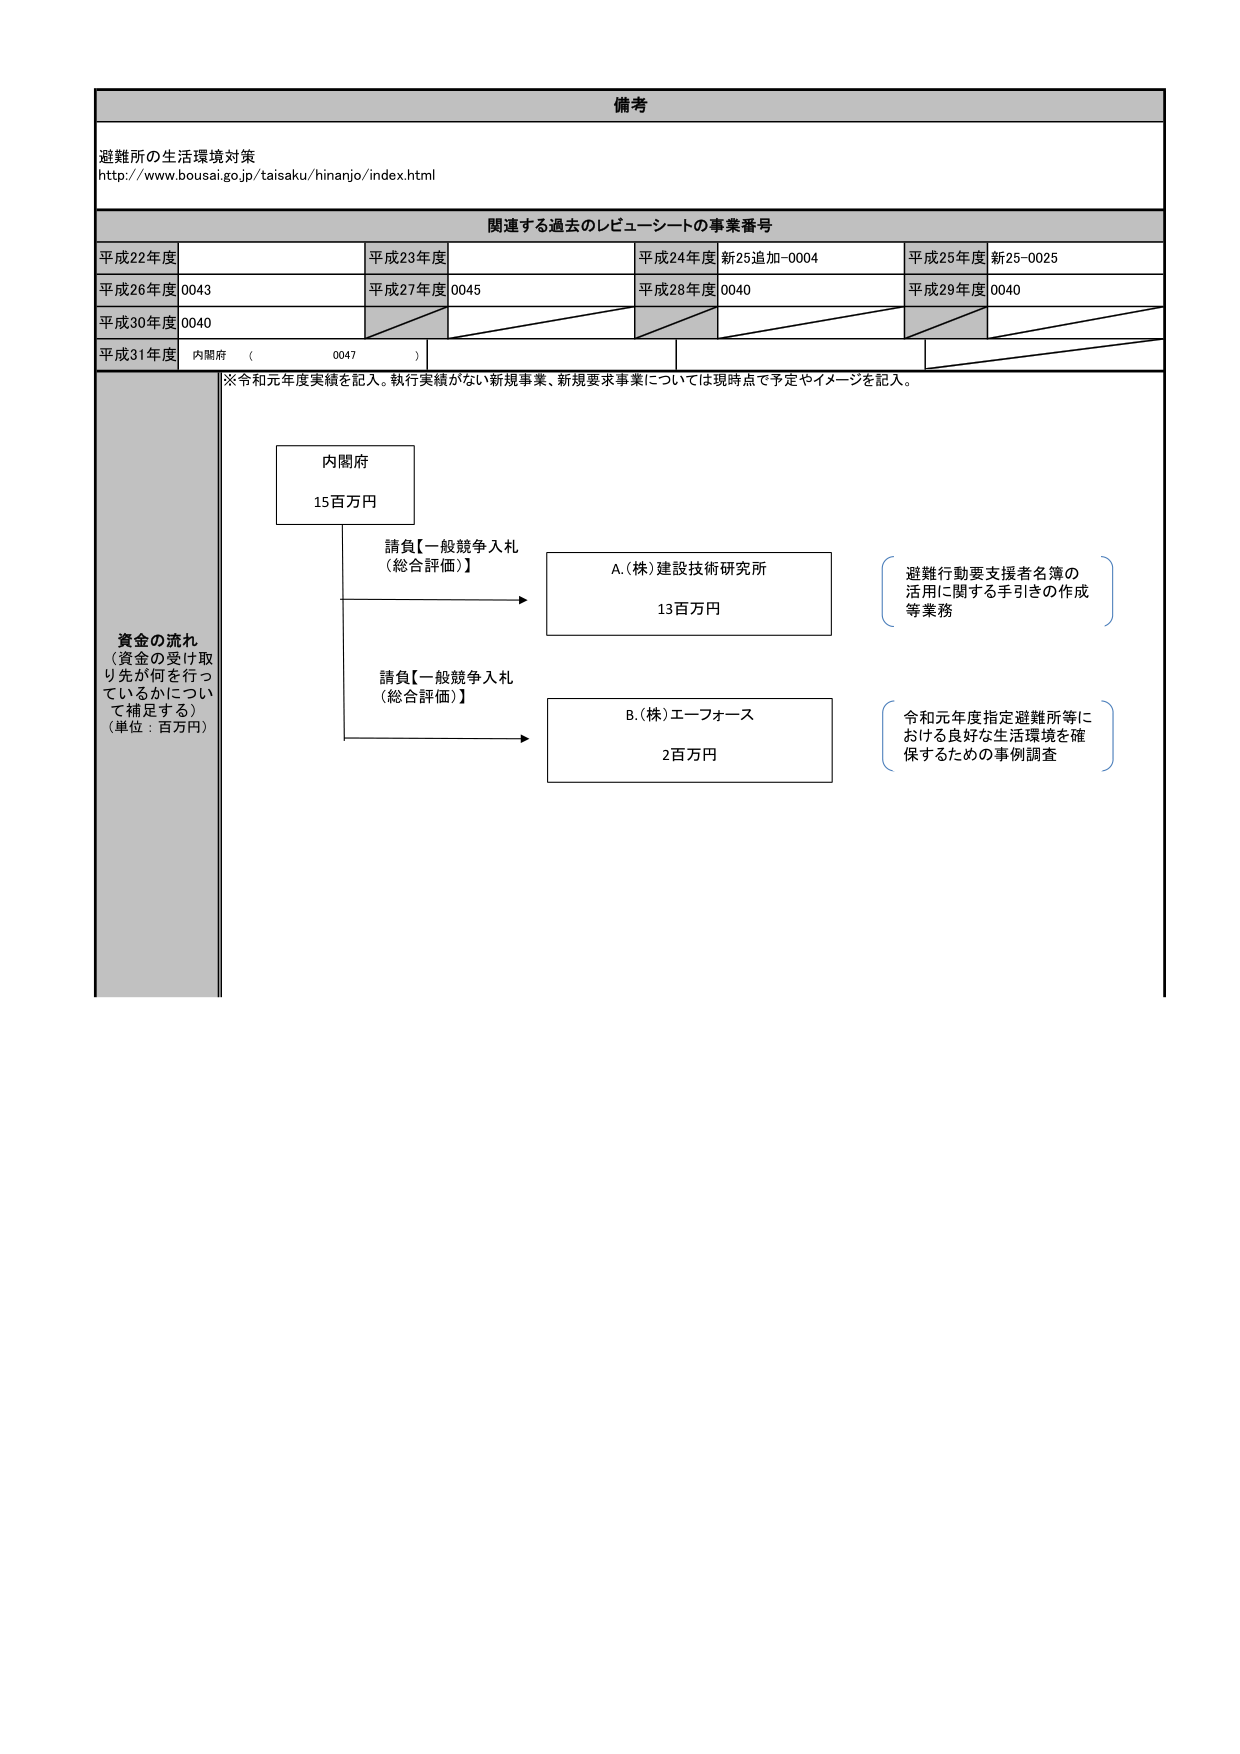
備考

避難所の生活環境対策
http://www.bousai.go.jp/taisaku/hinanjo/index.html

関連する過去のレビュー・シートの事業番号

平成22年度
平成23年度
平成24年度 新25追加-0004
平成25年度 新25-0025

平成26年度 0043
平成27年度 0045
平成28年度 0040
平成29年度 0040

平成30年度 0040

平成31年度 内閣府 （ 0047 ）

※令和元年度実績を記入。執行実績がない新規事業、新規要求事業については現時点で予定やイメージを記入。

資金の流れ
（資金の受け取り先が何を行っているかについて補足する）
（単位：百万円）

内閣府
15百万円

請負【一般競争入札
（総合評価）】

A.(株)建設技術研究所
13百万円

避難行動要支援者名簿の
活用に関する手引きの作成
等業務

請負【一般競争入札
（総合評価）】

B.(株)エーフォース
2百万円

令和元年度指定避難所等に
おける良好な生活環境を確
保するための事例調査